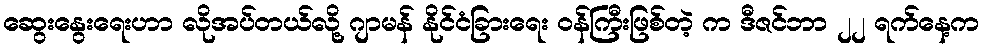
ဆွေးနွေးရေးဟာ လိုအပ်တယ်လို့ ဂျာမန် နိုင်ငံခြားရေး ဝန်ကြီးဖြစ်တဲ့ က ဒီဇင်ဘာ ၂၂ ရက်နေ့က